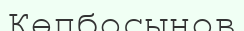
Көпбосынов